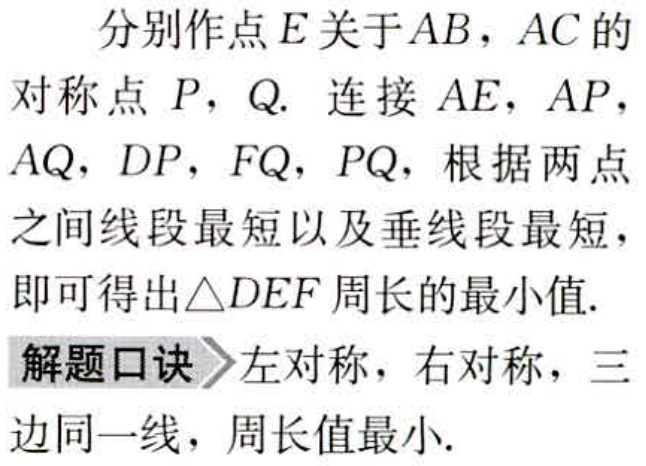
分别作点\(E\)关于\(AB\)，\(AC\)的对称点 \(P\)，\(Q\). 连接 \(AE\)，\(AP\)，\(AQ\)，\(DP\)，\(FQ\)，\(PQ\)，根据两点之间线段最短以及垂线段最短，即可得出\(\triangle DEF\)周长的最小值.

解题口诀＞左对称，右对称，三边同一线，周长值最小.